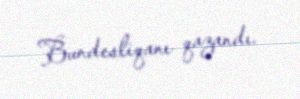
Bundesliqanı qazandı.